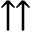
\upuparrows